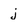
Character: j